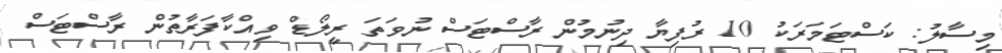
މިސާލު: ކަސްޓަމަރަކު 10 ރުފިޔާ ދިނުމުން ރާސްޓަސް ނުވަތަ ރީލޯޑް ވިއްކާފަރާތުން ރާސްޓަސް